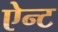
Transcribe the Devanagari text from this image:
ऐन्ट